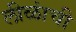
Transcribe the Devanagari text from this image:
लीळांची